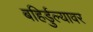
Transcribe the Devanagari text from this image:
बहिर्डुल्यावर